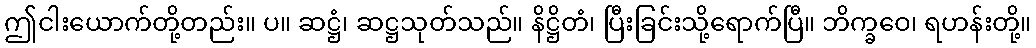
ဤငါးယောက်တို့တည်း။ ပ။ ဆဋ္ဌံ၊ ဆဋ္ဌသုတ်သည်။ နိဋ္ဌိတံ၊ ပြီးခြင်းသို့ရောက်ပြီ။ ဘိက္ခဝေ၊ ရဟန်းတို့။